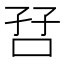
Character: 𫩼